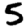
Digit: 5